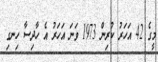
މީގެ 42 އަހަރު ކުރިން 1973 ވަނަ އަހަރު އެ ހާދިސާ ހިނގި